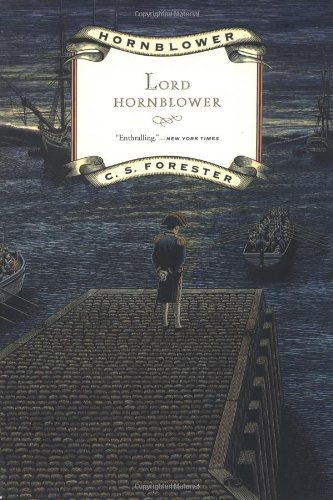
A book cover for Lord Hornblower (Hornblower Saga); C. S. Forester; Literature & Fiction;